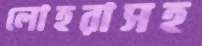
লোহরাসহ